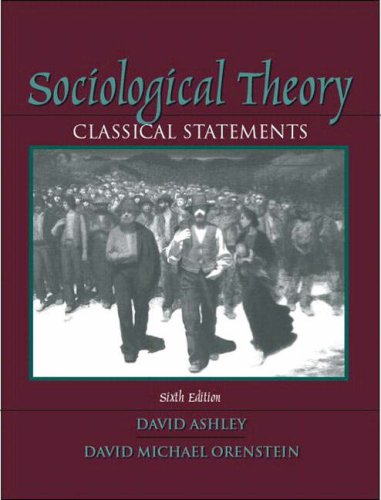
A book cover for Sociological Theory: Classical Statements (6th Edition); David Ashley; Politics & Social Sciences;